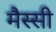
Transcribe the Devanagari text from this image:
मैस्सी